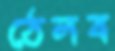
ঠেলব